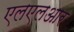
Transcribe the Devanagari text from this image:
एलएलआर